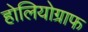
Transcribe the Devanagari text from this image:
होलियोग्राफ